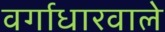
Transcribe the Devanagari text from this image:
वर्गाधारवाले